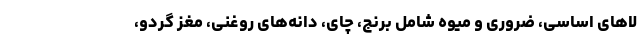
لا‌های اساسی، ضروری و میوه شامل برنج، چای، دانه‌های روغنی، مغز گردو،